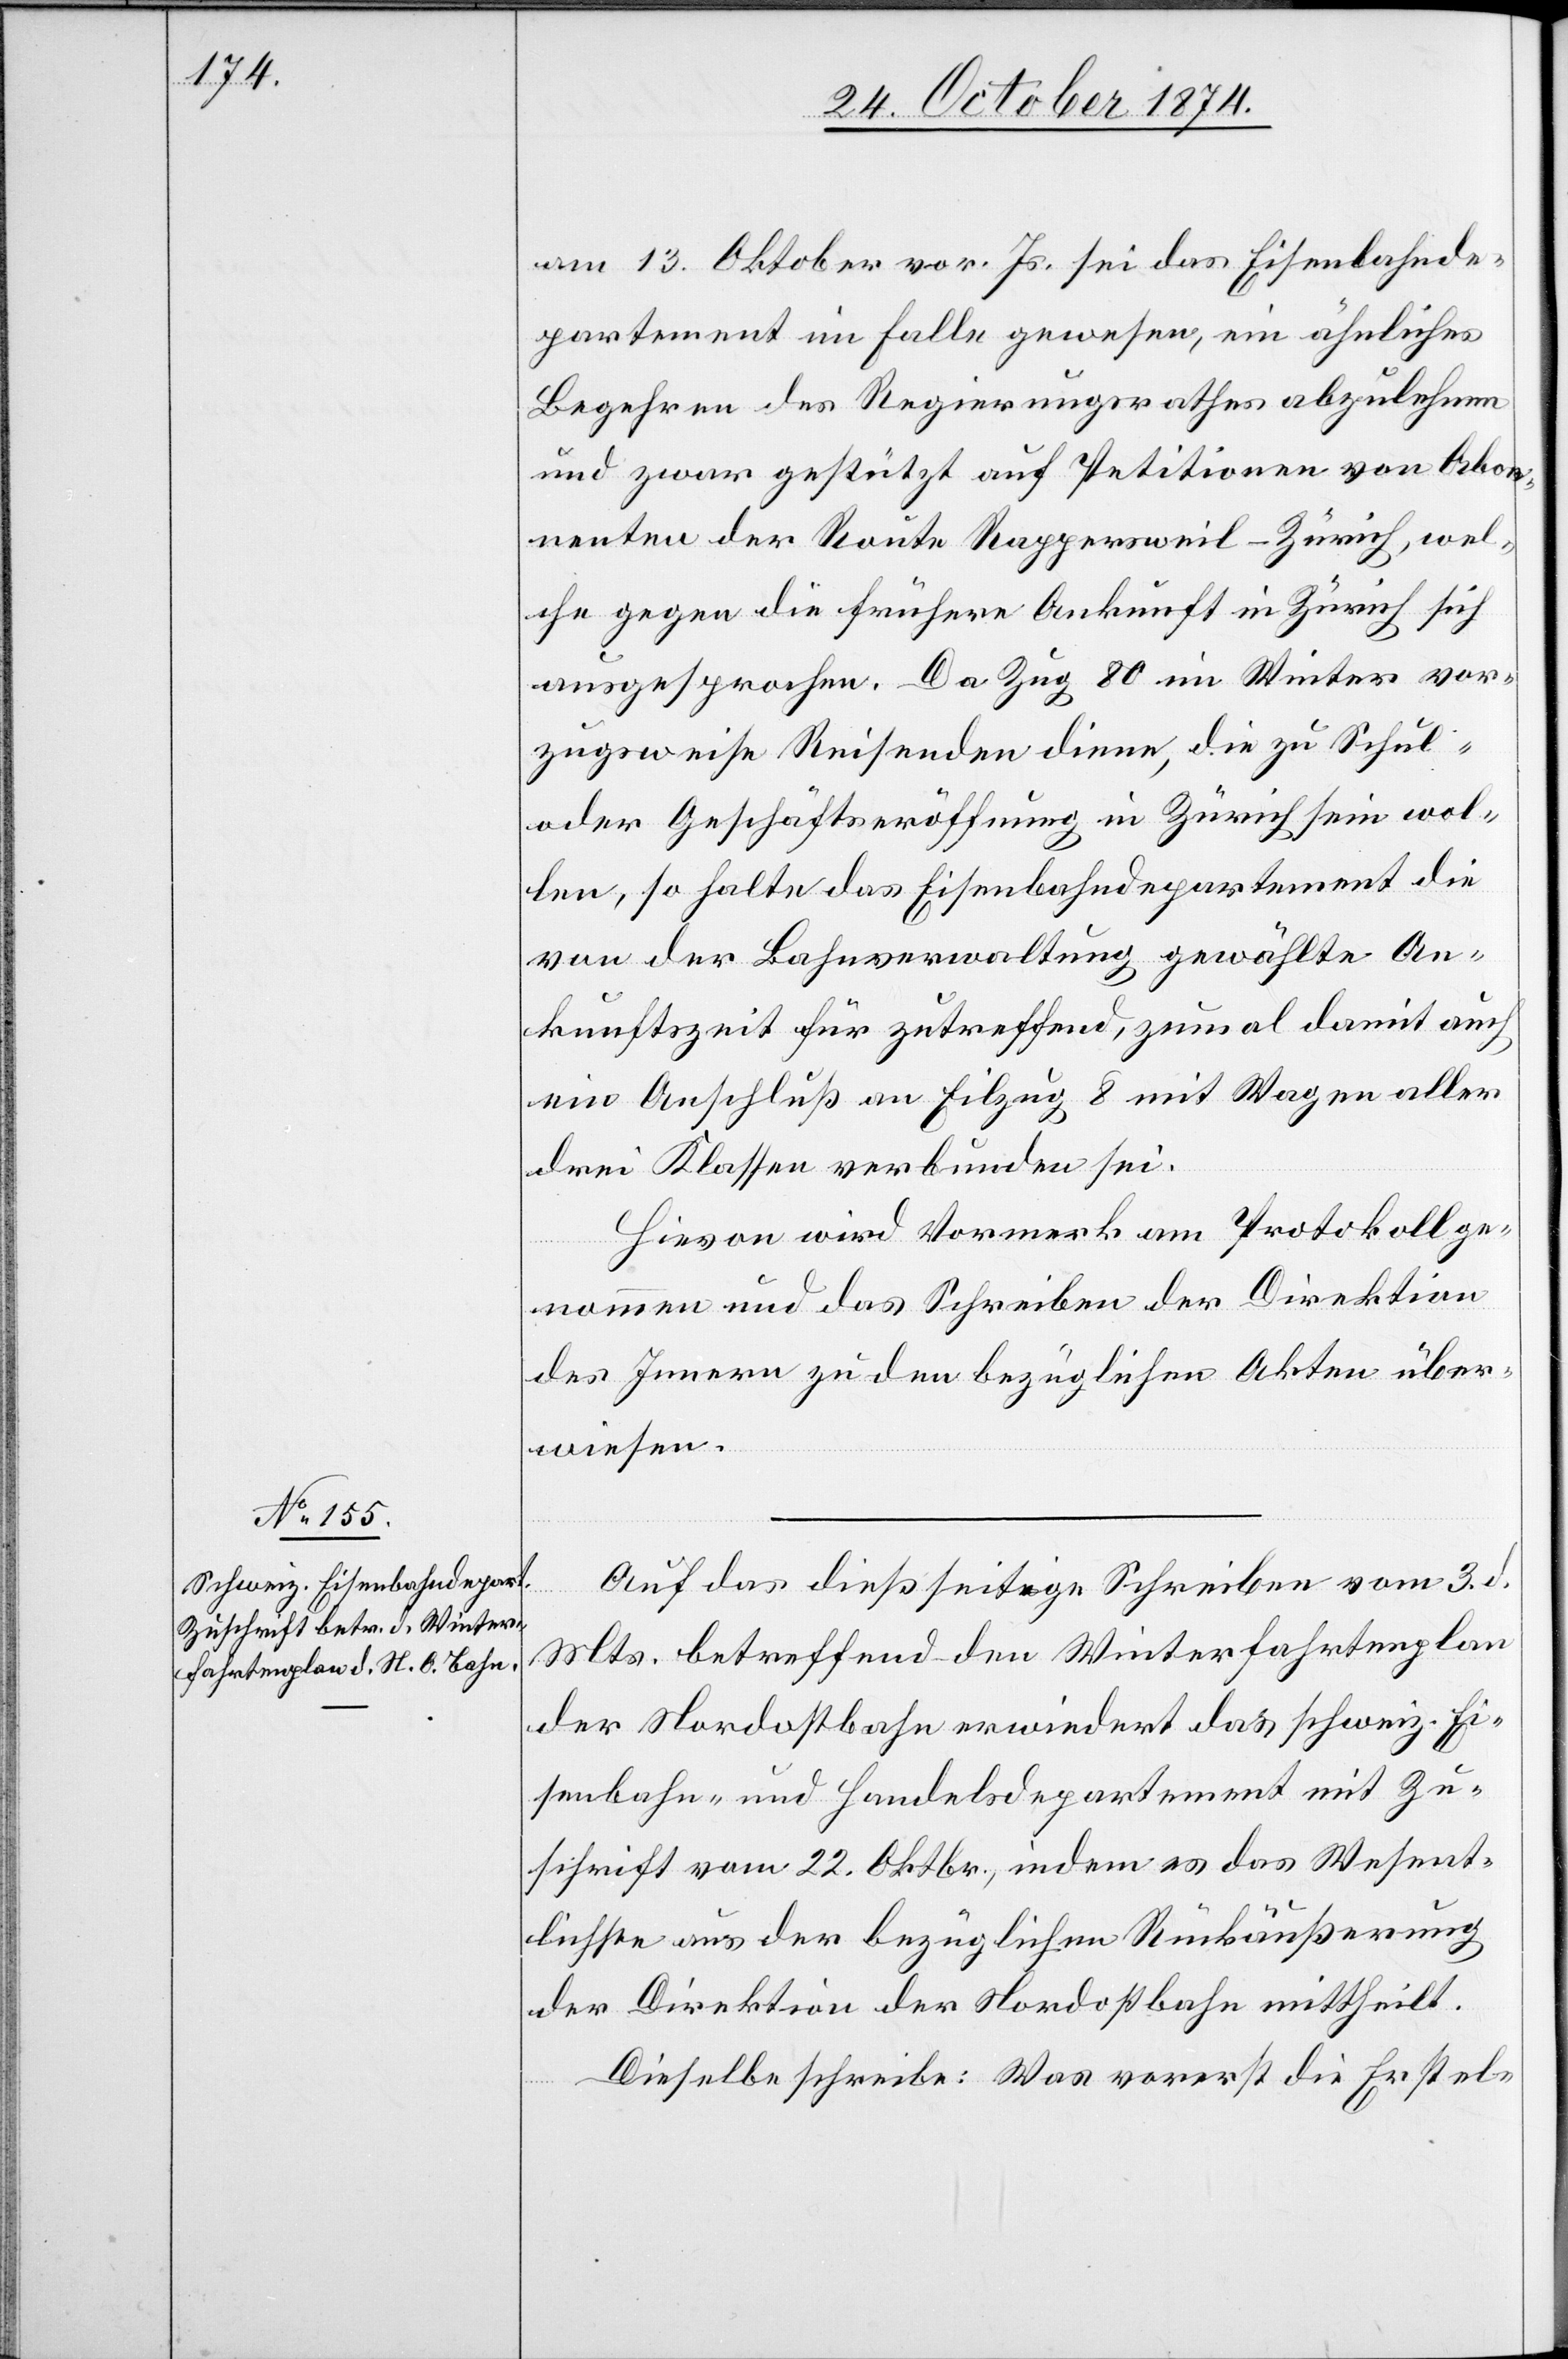
am 13. Oktober vor. Js. sei das Eisenbahnde¬
partement im Falle gewesen, ein ähnliches
Begehren des Regierungsrathes abzulehnen
und zwar gestützt auf Petitionen von Abon¬
nenten der Route Rappersweil–Zürich, wel¬
che gegen die frühere Ankunft in Zürich sich
ausgesprochen. Da Zug 80 im Winter vor¬
zugsweise Reisenden diene, die zu Schul-
oder Geschäftseröffnung in Zürich sein wol¬
len, so halte das Eisenbahndepartement die
von der Bahnverwaltung gewählte An¬
kunftszeit für zutreffend, zumal damit auch
ein Anschluß an Eilzug 8 mit Wagen aller
drei Klassen verbunden sei.
Hievon wird Vormerk am Protokoll ge¬
nommen und das Schreiben der Direktion
des Innern zu den bezüglichen Akten über¬
wiesen.
Auf das dießseitige Schreiben vom 3. d.
Mts. betreffend den Winterfahrtenplan
der Nordostbahn erwiedert das schweiz. Ei¬
senbahn- und Handelsdepartement mit Zu¬
schrift vom 22. Oktbr., indem es das Wesent¬
lichste aus der bezüglichen Rückäußerung
der Direktion der Nordostbahn mittheilt.
Dieselbe schreibe: Was vorerst die Erstel-